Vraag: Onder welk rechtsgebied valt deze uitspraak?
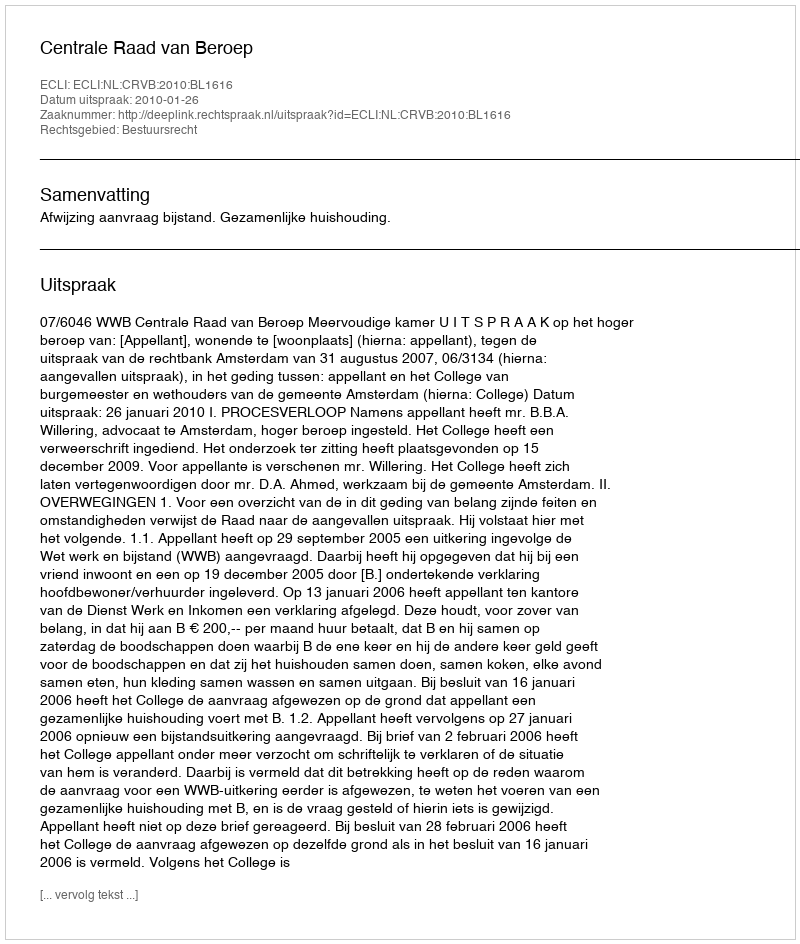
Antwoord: Bestuursrecht